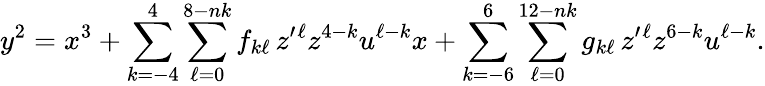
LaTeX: y^{2}=x^{3}+\sum_{k=-4}^{4}\sum_{\ell=0}^{8-nk}f_{k\ell}\, z^{\prime}{}^{\ell}z^{4-k}u^{\ell-k}x+\sum_{k=-6}^{6}\sum_{\ell=0}^{12-nk}g_{k\ell}\, z^{\prime}{}^{\ell}z^{6-k}u^{\ell-k}.